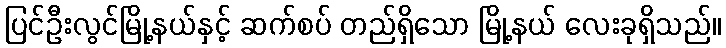
ပြင်ဦးလွင်မြို့နယ်နှင့် ဆက်စပ် တည်ရှိသော မြို့နယ် လေးခုရှိသည်။